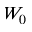
W _ { 0 }